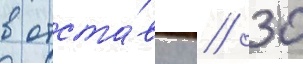
в отста́вку // 30